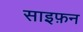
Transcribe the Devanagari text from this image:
साइफ़न